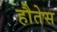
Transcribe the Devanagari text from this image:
हौतेस